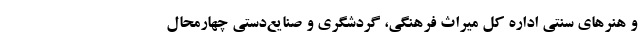
و هنرهای سنتی اداره‌ کل میراث ‌فرهنگی، گردشگری و صنایع‌دستی چهارمحال